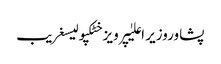
پشاوروزیر اعلیٰپرویز خٹکپولیسغریب